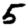
Digit: 5